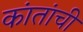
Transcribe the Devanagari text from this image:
कांतांची